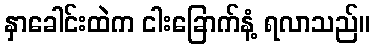
နှာခေါင်းထဲက ငါးခြောက်နံ့ ရလာသည်။